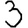
Digit: 3